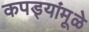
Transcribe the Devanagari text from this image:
कपड्यांमूळे